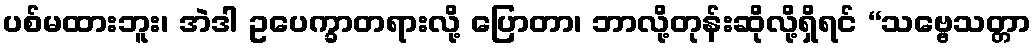
ပစ်မထားဘူး၊ အဲဒါ ဥပေက္ခာတရားလို့ ပြောတာ၊ ဘာလို့တုန်းဆိုလို့ရှိရင် “သဗ္ဗေသတ္တာ